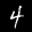
Label: 4